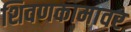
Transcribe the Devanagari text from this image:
शिवणकामावर